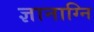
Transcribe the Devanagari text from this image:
ज्ञानाग्नि